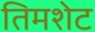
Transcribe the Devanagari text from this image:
तिमशेट